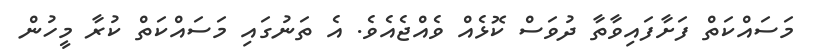
މަސައްކަތް ފަށާފައިވާތާ ދުވަސް ކޮޅެއް ވެއްޖެއެވެ. އެ ތަނުގައި މަސައްކަތް ކުރާ މީހުން